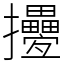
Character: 㩸